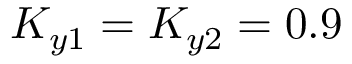
K _ { y 1 } = K _ { y 2 } = 0 . 9